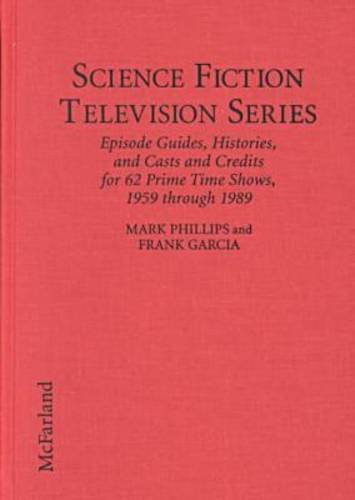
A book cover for Science Fiction Television Series: Episode Guides, Histories, and Casts and Credits for 62 Prime Time Shows, 1959 Through 1989; Mark Phillips; Humor & Entertainment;